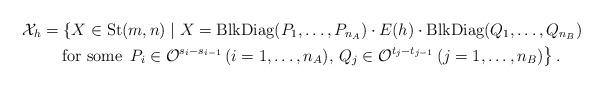
LaTeX: \begin{align*}\mathcal{X}_h &= \left\{ X \in {\rm St}(m,n) \mid X = {\rm BlkDiag}(P_1,\ldots,P_{n_A}) \cdot E(h) \cdot {\rm BlkDiag}(Q_1,\ldots,Q_{n_B}) \right. \\&\quad\left. \mbox{for some }\, P_i \in \mathcal{O}^{s_i-s_{i-1}} \, (i=1,\ldots,n_A), \, Q_j \in \mathcal{O}^{t_j-t_{j-1}} \, (j=1,\ldots,n_B) \right\}.\end{align*}